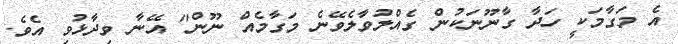
އެ މަގާމަކީ ހަދާ ގާނޫނަކުން ގެއްލުވާލެވޭނެ މަގާމެއް ނޫން" އޭނާ ވިދާޅުވި އެވެ.